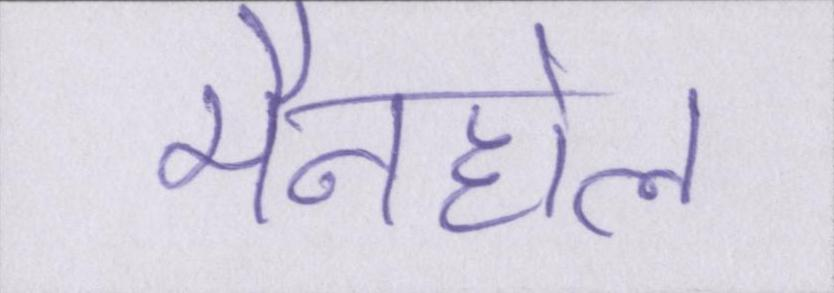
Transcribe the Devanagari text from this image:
मैनहोल